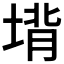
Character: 𪣵